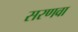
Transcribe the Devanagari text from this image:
सरणवा